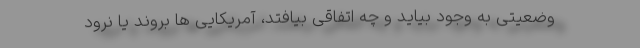
وضعیتی به وجود بیاید و چه اتفاقی بیافتد، آمریکایی ها بروند یا نرود